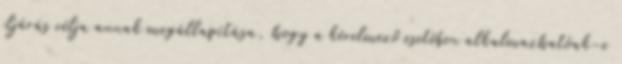
eljárás célja annak megállapítása, hogy a kérelmező esetében alkalmazhatóak-e